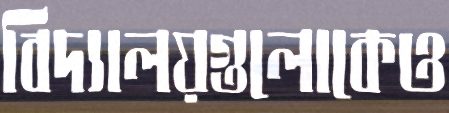
বিদ্যালয়গুলোকেও